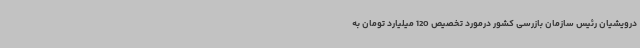
درویشیان رئیس سازمان بازرسی کشور درمورد تخصیص 120 میلیارد تومان به